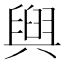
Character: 𮍰